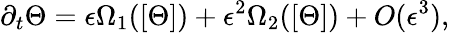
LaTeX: \partial_{t}\Theta=\epsilon\Omega_{1}([\Theta])+\epsilon^{2}\Omega_{2}([\Theta])+O(\epsilon^{3}),